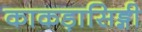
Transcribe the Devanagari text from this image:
काकड़ासिङ्गी